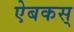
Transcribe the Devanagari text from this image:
ऐबकस्